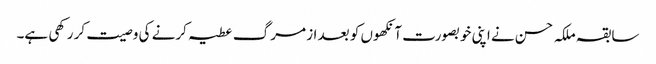
سابقہ ملکہ حسن نے اپنی خوبصورت آنکھوں کو بعد از مرگ عطیہ کرنے کی وصیت کر رکھی ہے۔